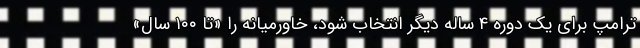
ترامپ برای یک دوره ۴ ساله دیگر انتخاب شود، خاورمیانه را «تا ۱۰۰ سال»